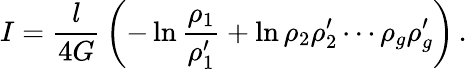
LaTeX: I={\frac{l}{4G}}\left(-\ln{\frac{\rho_{1}}{\rho_{1}^{\prime}}}+\ln{\rho_{2}\rho_{2}^{\prime}\cdots\rho_{g}\rho_{g}^{\prime}}\right)\, .